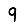
Digit: 9